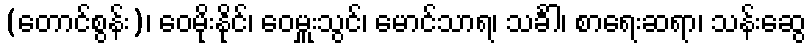
(တောင်စွန်း)၊ ဝေမိုးနိုင်၊ ဝေမှူးသွင်၊ မောင်သာရ၊ သင်္ခါ၊ စာရေးဆရာ၊ သန်းဆွေ